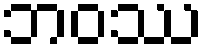
ဘဝဿ